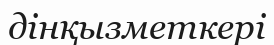
дінқызметкері